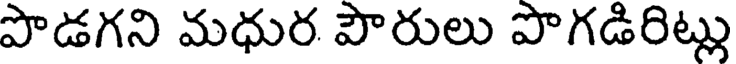
పొడగని మధుర పౌరులు పొగడిరిట్లు